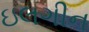
ઇલગીન